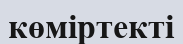
көміртекті